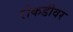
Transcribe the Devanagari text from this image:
रोकडीवर